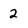
Character: 2